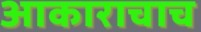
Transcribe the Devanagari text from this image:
आकाराचाच